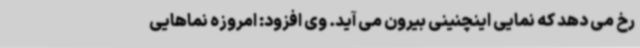
رخ می دهد که نمایی اینچنینی بیرون می آید. وی افزود: امروزه نماهایی